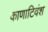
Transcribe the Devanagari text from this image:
काणाटिवंश